Report on vaccination in Madras 1904-1921 - 1904-1921
Year: 1904
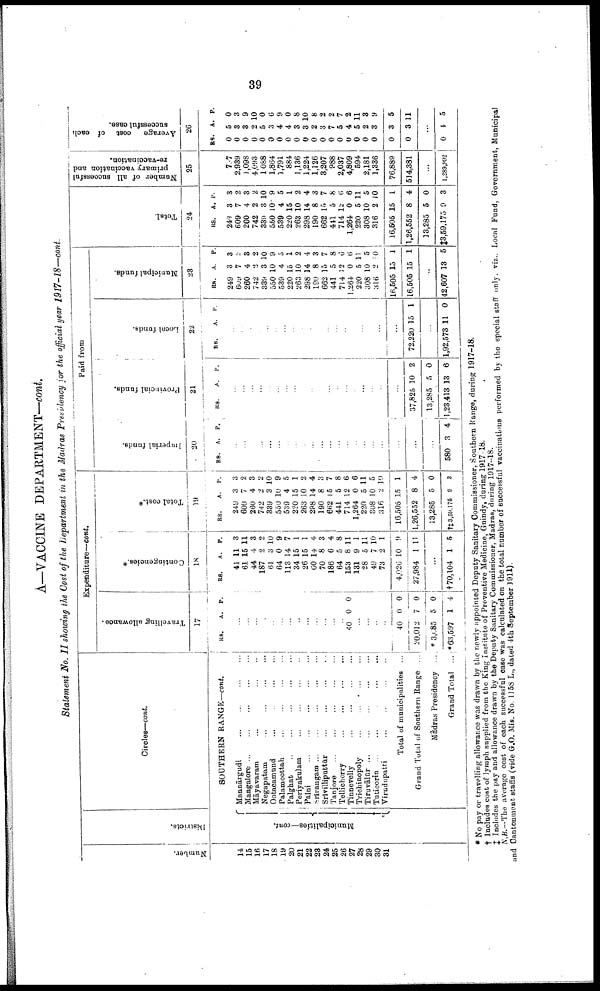
39
A—VACCINE DEPARTMENT—cont.
Statement No. II showing the Cost of the Department in the Madras Presidency for the official year
1917-18—cont.
Number.
14
15
16
17
18
19
20
21
22
28
24
25
26
27
28
29
30
31
Districts.
Circles—cont.
SOUTHERN RANGE— cont.
Municipalities—cont.
Mannārgudi
...
...
...
...
Mangalore
...
...
...
...
...
Māyavaram
...
...
...
...
Negapatam ... ... ... ...
Ootacamund
...
...
...
...
Palamcottah
...
...
...
...
Palghat
...
...
...
...
...
Periyakulam ... ... ... ...
Palni
...
...
...
...
...
Srīrangam
...
...
...
...
...
Srīvilliputtūr
...
...
...
...
Tanjore ... ... ... ... ... ...
Tellicherry
...
...
...
...
Tinnevelly
...
...
...
...
Trichinopoly
...
...
...
...
Tiruvālūr
...
...
...
...
...
Tuticorin
...
...
...
...
...
Virudupatti
...
...
...
...
Total of municipalities ...
Grand Total of Southern Range ...
Mādras Presidency ...
Grand Total ...
Expenditure—cont.
Travelling allowance.
17
RS.
A. P.
...
...
...
...
...
...
...
...
...
...
...
...
...
40 0 0
...
...
...
...
40
20,012
*3,685
*63,597
0
7
5
1
0
0
0
4
Contingencies.*
18
RS.
41
61
44
187
61
64
113
34
26
60
70
186
64
153
131
28
49
73
4,026
27,984
A.
11
15
4
2
3
0
14
15
15
14
8
6
5
8
9
5
7
2
10
1
P.
3
11
3
2
10
9
7
1
1
4
3
4
8
11
1
11
10
1
9
11
...
† 70,104 1 5
Total cost.*
19
RS.
249
609
260
742
339
550
539
220
263
298
190
662
441
714
1,264
220
308
316
16,505
1,26,552
13,285
†‡ 3,59,175
A.
3
7
4
2
3
10
4
15
10
14
8
15
5
12
0
5
10
2
15
8
5
9
P.
3
2
3
2
10
9
5
1
2
4
3
7
8
6
6
11
5
10
1
4
0
3
Paid from
Imperial funds.
20
RS. A. P.
...
...
...
...
...
...
...
...
...
...
...
...
...
...
...
...
...
...
...
...
...
580 3 4
Provincial funds.
21
RS.
A. P.
...
...
...
...
...
...
...
...
...
...
...
...
...
...
...
...
...
...
...
37,825
13,285
1,23,413
10
5
13
2
0
6
Local funds.
22
RS.
A. P.
...
...
...
...
...
...
...
...
...
...
...
...
...
...
...
...
...
...
...
72,220 15 1
...
1,92,573 11 0
Municipal funds.
23
RS.
249
609
260
742
339
550
589
220
263
298
190
662
441
714
1,264
220
308
316
16,505
16,505
A.
3
7
4
3
3
10
4
15
10
14
8
15
5
12
0
5
10
2
15
15
P.
3
2
8
2
10
9
5
1
2
4
3
7
8
6
6
11
5
10
1
1
...
42,607 13 5
Total.
24
RS.
249
609
260
742
339
550
539
220
263
298
190
662
441
714
1,264
220
308
316
16,605
1,26,552
13,285
‡3,59,175
A.
3
7
4
2
3
10
4
15
10
14
8
15
5
12
0
5
10
2
15
8
5
9
P.
3
2
3
2
10
9
5
1
2
4
3
7
8
6
6
11
5
10
1
4
0
3
Number of all successful
primary vaccination and
re-vaccination.
25
737
2,939
1,098
4,093
1088
1,864
1,791
884
1,136
1,224
1,126
3,207
988
2,037
4,809
594
2,181
1,336
76,889
514,381
...
1,289,992
Average
cost of each
successful case.
26
RS.
0
0
0
0
0
0
0
0
0
0
0
0
0
0
0
0
0
0
0
0
A.
5
3
3
2
5
3
4
4
3
3
2
3
7
5
4
5
2
3
3
3
P.
0
3
9
10
0
6
9
0
8
10
8
2
2
7
2
11
3
9
5
11
...
0 4 5
* No pay or travelling allowance was drawn by the newly appointed Deputy Sanitary Commissioner, Southern Range, during 1917-18.
† Includes cost of lymph supplied from the King Institute of Preventive Medicine, Guindy, during 1917-18.
‡ Includes the pay and allowance drawn by the Deputy Sanitary Commissioner, Madras, during 1917-18.
N.B.—The average cost of each successful case was calculated on the total number of successful vaccinations performed by the special staff only. viz., Local Fund, Government, Municipal
and Cantonment staffs (vide G.O. Mis. No. 1158 L., dated 4th September 1911).